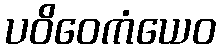
ပဝိဝေကံယေဝ